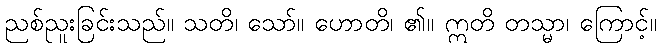
ညစ်ညူးခြင်းသည်။ သတိ၊ သော်။ ဟောတိ၊ ၏။ ဣတိ တသ္မာ၊ ကြောင့်။